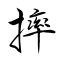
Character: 摔